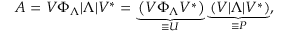
A = V \Phi _ { \Lambda } | \Lambda | V ^ { * } = \underbrace { \left( V \Phi _ { \Lambda } V ^ { * } \right) } _ { \equiv U } \underbrace { \left( V | \Lambda | V ^ { * } \right) } _ { \equiv P } ,